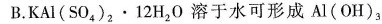
B. $$KAl(SO_{4})_{2} \cdot 12H_{2}0$$溶于水可形成Al(OH)_{3}